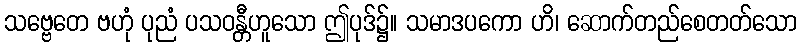
သဗ္ဗေတေ ဗဟုံ ပုညံ ပသဝန္တီဟူသော ဤပုဒ်၌။ သမာဒပကော ဟိ၊ ဆောက်တည်စေတတ်သော